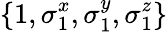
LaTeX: \{ 1,\sigma_{1}^{x},\sigma_{1}^{y},\sigma_{1}^{z}\}